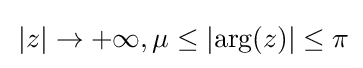
\,|z|\to +\infty ,\mu \leq |{\text{arg}}(z)|\leq \pi